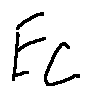
E c